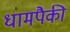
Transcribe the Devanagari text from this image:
धामपैकी